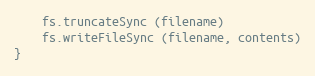
Language: JavaScript
    fs.truncateSync (filename)
    fs.writeFileSync (filename, contents)
}